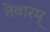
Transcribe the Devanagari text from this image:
तेवारम्‌